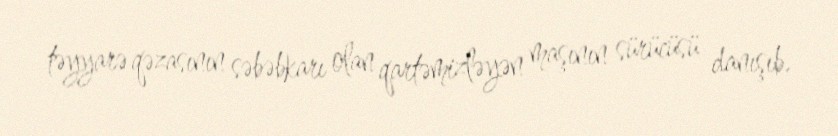
təyyarə qəzasının səbəbkarı olan qartəmizləyən maşının sürücüsü danışıb.